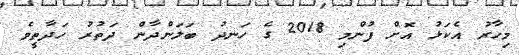
މިހާރު އެކަޅު އޮށް ފުންމި 2018 ގެ ހަނދު ބަލަންދާން ދަތުރު ހަދާތީވެ